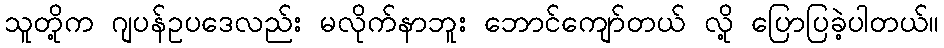
သူတို့က ဂျပန်ဥပဒေလည်း မလိုက်နာဘူး ဘောင်ကျော်တယ် လို့ ပြောပြခဲ့ပါတယ်။